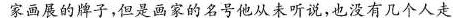
家画展的牌子，但是画家的名号他从未听说，也没有几个人